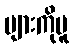
များကိုမူ